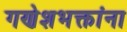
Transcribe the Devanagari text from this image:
गणेशभक्तांना